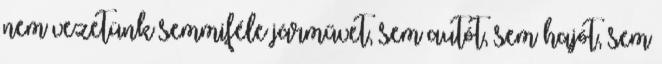
nem vezetünk semmiféle járművet, sem autót, sem hajót, sem